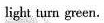
light turn green.